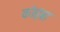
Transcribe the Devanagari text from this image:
कोइंब्रा